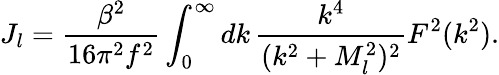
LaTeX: J_{l}=\frac{\beta^{2}}{16\pi^{2}f^{2}}\int_{0}^{\infty}dk\, \frac{k^{4}}{(k^{2}+M_{l}^{2})^{2}}F^{2}(k^{2}).